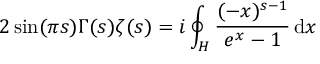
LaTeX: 2 \sin ( \pi s ) \Gamma ( s ) \zeta ( s ) = i \oint _ { H } { \frac { ( - x ) ^ { s - 1 } } { e ^ { x } - 1 } } \, \mathrm { d } x